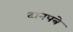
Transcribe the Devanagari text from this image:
दानपत्रे